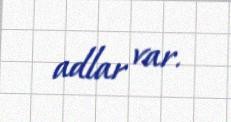
adlar var.